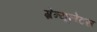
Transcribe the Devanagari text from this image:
ग्रेन्यूलेटस